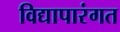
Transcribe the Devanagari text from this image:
विद्यापारंगत